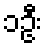
၁ဦး